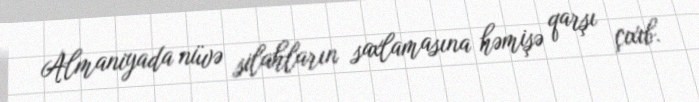
Almaniyada nüvə silahların saxlamasına həmişə qarşı çıxıb.